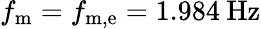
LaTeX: f_{\mathrm{m}}=f_{\mathrm{m,e}}=1.984\: \mathrm{Hz}